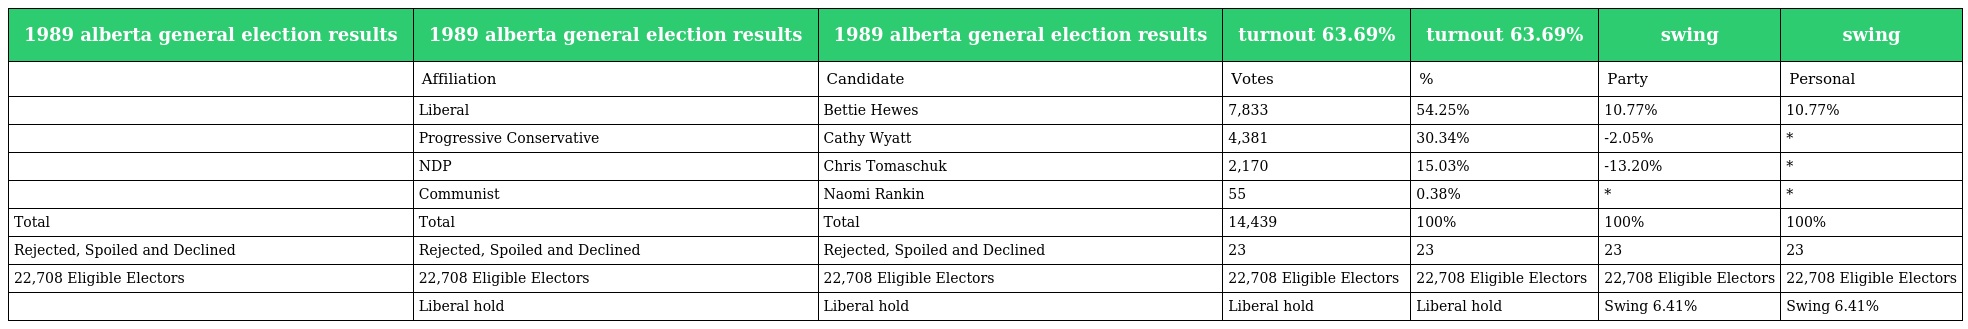
| 1989 alberta general election results | 1989 alberta general election results | 1989 alberta general election results | turnout 63.69% | turnout 63.69% | swing | swing |
 | --- | --- | --- | --- | --- | --- | --- |
 |  | Affiliation | Candidate | Votes | % | Party | Personal |
 |  | Liberal | Bettie Hewes | 7,833 | 54.25% | 10.77% | 10.77% |
 |  | Progressive Conservative | Cathy Wyatt | 4,381 | 30.34% | -2.05% | * |
 |  | NDP | Chris Tomaschuk | 2,170 | 15.03% | -13.20% | * |
 |  | Communist | Naomi Rankin | 55 | 0.38% | * | * |
 | Total | Total | Total | 14,439 | 100% | 100% | 100% |
 | Rejected, Spoiled and Declined | Rejected, Spoiled and Declined | Rejected, Spoiled and Declined | 23 | 23 | 23 | 23 |
 | 22,708 Eligible Electors | 22,708 Eligible Electors | 22,708 Eligible Electors | 22,708 Eligible Electors | 22,708 Eligible Electors | 22,708 Eligible Electors | 22,708 Eligible Electors |
 |  | Liberal hold | Liberal hold | Liberal hold | Liberal hold | Swing 6.41% | Swing 6.41% |